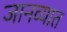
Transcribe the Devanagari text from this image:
जानव्यात